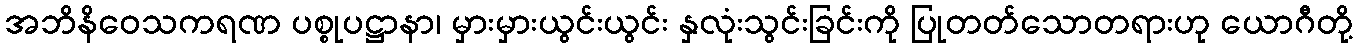
အဘိနိဝေသကရဏ ပစ္စုပဋ္ဌာနာ၊ မှားမှားယွင်းယွင်း နှလုံးသွင်းခြင်းကို ပြုတတ်သောတရားဟု ယောဂီတို့